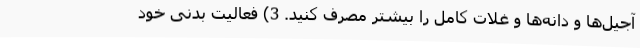
آجیل‌ها و دانه‌ها و غلات کامل را بیشتر مصرف کنید. 3) فعالیت بدنی خود